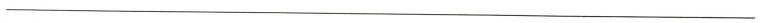
___